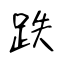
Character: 跌